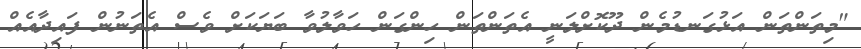
"މިތަންތަން އަޅުގަނޑުމެން ދޫކޮށްލަނީ އެތަންތަން ހިންގަން ހަވާލުވާ ބަޔަކަށް ވެސް އެތަނުން ފައިދާއެއް